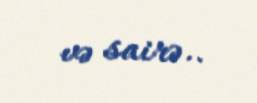
və sairə..